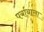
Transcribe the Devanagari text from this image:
पर्यायाला